Indian journal of veterinary science and animal husbandry - Volume 2,
Year: 1932
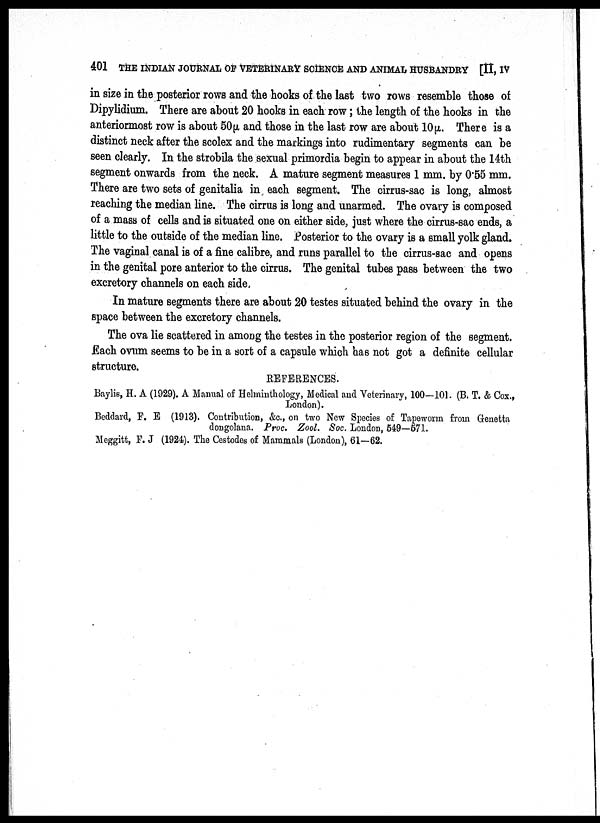
401 THE INDIAN JOURNAL OF VETERINARY SCIENCE AND ANIMAL HUSBANDRY [II, IV
in size in the posterior rows and the hooks of the last two rows resemble those of
Dipylidium. There are about 20 hooks in each row; the length of the hooks in the
anteriormost row is about 50μ and those in the last row are about 10 μ. There is a
distinct neck after the scolex and the markings into rudimentary segments can be
seen clearly. In the strobila the sexual primordia begin to appear in about the 14th
segment onwards from the neck. A mature segment measures 1 mm. by 0.55 mm.
There are two sets of genitalia in each segment. The cirrus-sac is long, almost
reaching the median line. The cirrus is long and unarmed. The ovary is composed
of a mass of cells and is situated one on either side, just where the cirrus-sac ends, a
little to the outside of the median line. Posterior to the ovary is a small yolk gland.
The vaginal canal is of a fine calibre, and runs parallel to the cirrus-sac and opens
in the genital pore anterior to the cirrus. The genital tubes pass between the two
excretory channels on each side,
In mature segments there are about 20 testes situated behind the ovary in the
space between the excretory channels.
The ova lie scattered in among the testes in the posterior region of the segment.
Each ovum seems to be in a sort of a capsule which has not got a definite cellular
structure.
REFERENCES.
Baylis, H. A (1929). A Manual of Helminthology, Medical and Veterinary, 100-101. (B, T. & Cox.,
London).
Beddard, F. E (1913). Contribution, &c., on two New Species of Tapeworm from Genetta
dongolana. Proc. Zool. Soc. London, 549—571.
Meggitt, F. J (1924). The Cestodes of Mammals (London), 61—62.